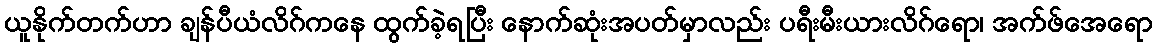
ယူနိုက်တက်ဟာ ချန်ပီယံလိဂ်ကနေ ထွက်ခဲ့ရပြီး နောက်ဆုံးအပတ်မှာလည်း ပရီးမီးယားလိဂ်ရော၊ အက်ဖ်အေရော